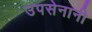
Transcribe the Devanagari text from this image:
उपसेनानी